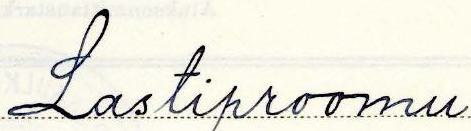
Lastiproomu